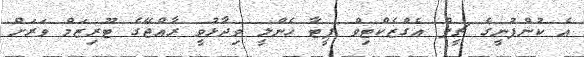
އެ ކުންފުނީގެ ޗީފް އެގްޒެކްޓިވް ޕީޓާ ހެންލީ ވިދާޅުވީ ރާއްޖޭގެ ޓޫރިޒަމް ވަރަށް